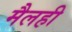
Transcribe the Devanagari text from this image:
मैलही